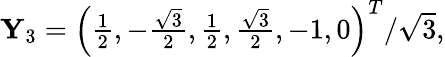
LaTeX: \begin{array}{r}{\mathbf{Y}_{3}=\left(\frac{1}{2},-\frac{\sqrt{3}}{2},\frac{1}{2},\frac{\sqrt{3}}{2},-1,0\right)^{T}/\sqrt{3},}\end{array}